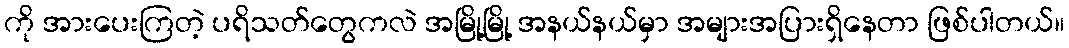
ကို အားပေးကြတဲ့ ပရိသတ်တွေကလဲ အမြို့မြို့ အနယ်နယ်မှာ အများအပြားရှိနေတာ ဖြစ်ပါတယ်။